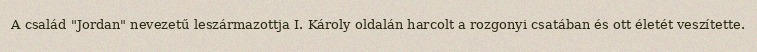
A család "Jordan" nevezetű leszármazottja I. Károly oldalán harcolt a rozgonyi csatában és ott életét veszítette.